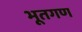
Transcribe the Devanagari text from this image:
भूतगण